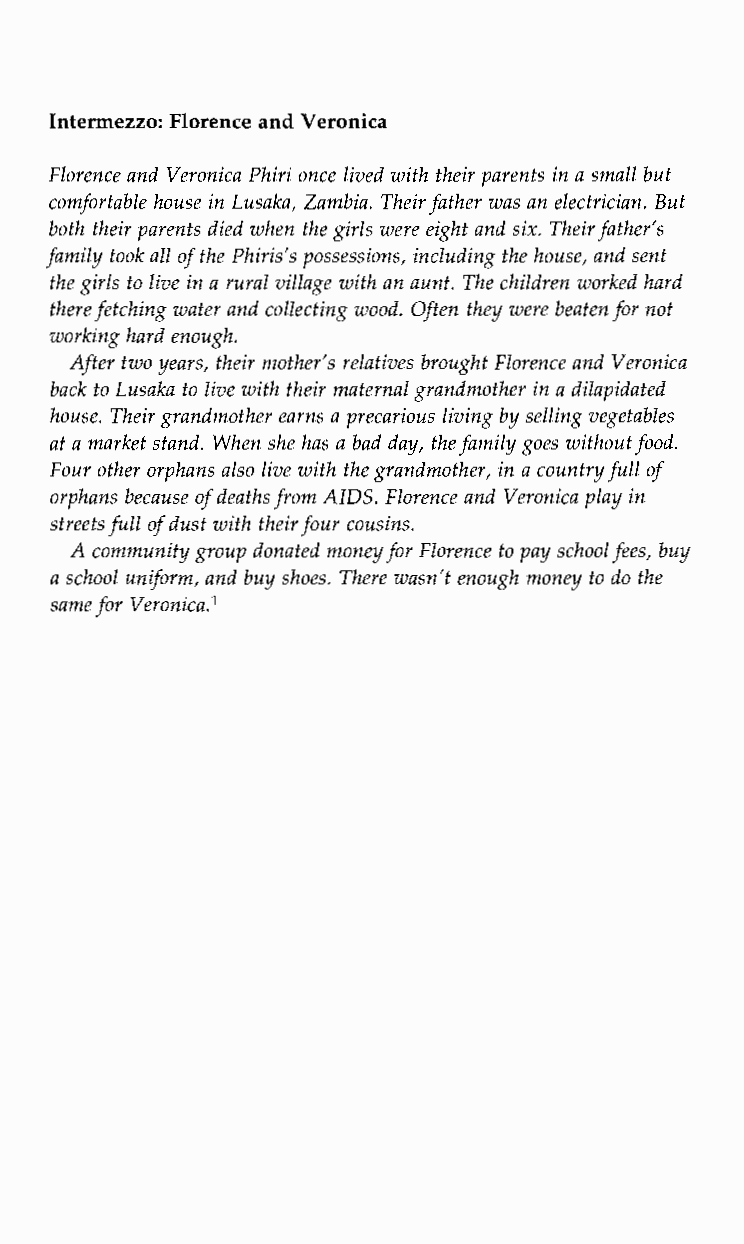
Intermezzo: Florence and Veronica
 Florence and Veronica Phiri once lived with their parents in a small but
 comfortable house in Lusaka, Zambia. Their father was an electrician. But
 both their parents died when the girls were eight and six. Their father’s
 family took all of the Phiris‘s possessions, including the house, and sent
 the girls to live in a rural village with an aunt. The children worked hard
 there fetching water and collectingw ood. Often they were beaten for not
 working hard enough.
 After two years, their mother’s relatives brought Florence and Veronica
 back to Lusaka to live with their maternal grandmotheri n a dilapidated
 house. Their grandmother earns a precarious living by selling vegetables
 at a market stand. When she has a bad day, the family goes withoufot od.
 Four other orphans also live with the grandmother, in a country fullo f
 orphans because of deathsf rom AIDS. Florence and Veronica playi n
 streets full of dust with theifro ur cousins.
 A community group donated moneyf or Florence to pay schoolf ees, buy
 a school unqorm, and buy shoes. There wasn’t enough money to do the
 same for Ver0nica.l